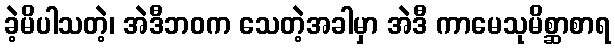
ခဲ့မိပါသတဲ့၊ အဲဒီဘဝက သေတဲ့အခါမှာ အဲဒီ ကာမေသုမိစ္ဆာစာရ